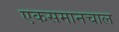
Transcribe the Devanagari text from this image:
एकसमानचाल